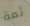
ثمة